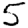
Digit: 5